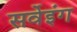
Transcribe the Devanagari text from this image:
सर्वेइंग